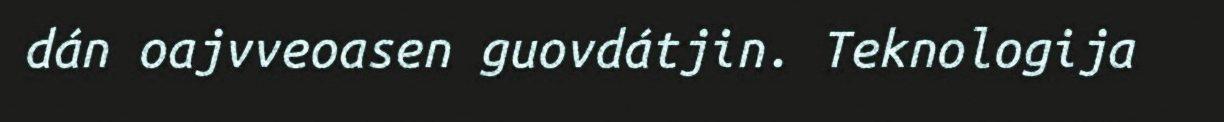
dán oajvveoasen guovdátjin. Teknologija